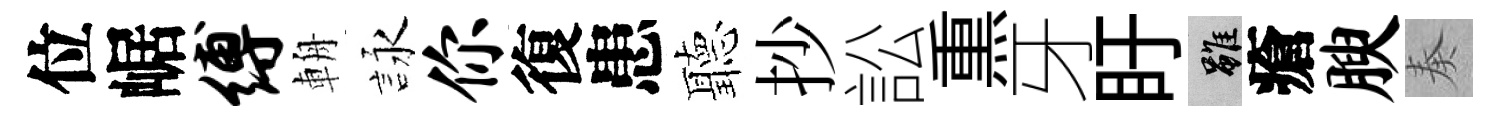
位崌缚輈詠你復患聽抄訟𤋱牙盱雖瘡腴奏